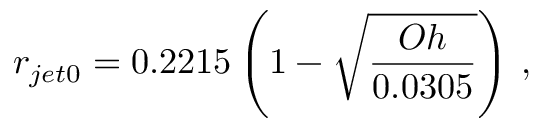
r _ { j e t 0 } = 0 . 2 2 1 5 \left( 1 - \sqrt { \frac { O h } { 0 . 0 3 0 5 } } \right) \, ,